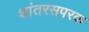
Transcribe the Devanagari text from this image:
शांतरसपरक